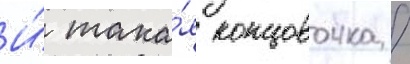
И́ така́я концовочка /